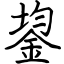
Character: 鋆